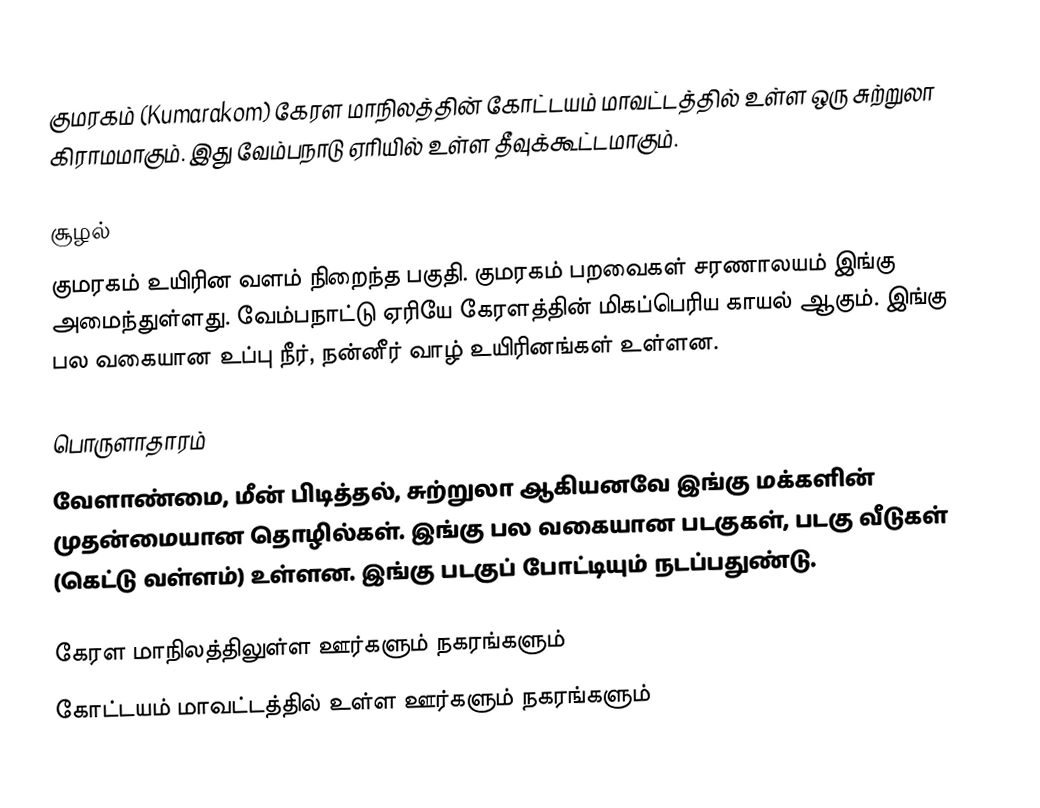
குமரகம் (Kumarakom) கேரள மாநிலத்தின் கோட்டயம் மாவட்டத்தில் உள்ள ஒரு சுற்றுலா கிராமமாகும். இது வேம்பநாடு ஏரியில் உள்ள தீவுக்கூட்டமாகும்.

சூழல்
குமரகம் உயிரின வளம் நிறைந்த பகுதி. குமரகம் பறவைகள் சரணாலயம் இங்கு அமைந்துள்ளது. வேம்பநாட்டு ஏரியே கேரளத்தின் மிகப்பெரிய காயல் ஆகும். இங்கு பல வகையான உப்பு நீர், நன்னீர் வாழ் உயிரினங்கள் உள்ளன.

பொருளாதாரம்
வேளாண்மை, மீன் பிடித்தல், சுற்றுலா ஆகியனவே இங்கு மக்களின் முதன்மையான தொழில்கள். இங்கு பல வகையான படகுகள், படகு வீடுகள் (கெட்டு வள்ளம்) உள்ளன. இங்கு படகுப் போட்டியும் நடப்பதுண்டு.

கேரள மாநிலத்திலுள்ள ஊர்களும் நகரங்களும்
கோட்டயம் மாவட்டத்தில் உள்ள ஊர்களும் நகரங்களும்